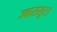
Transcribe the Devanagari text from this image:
ज्वारासुर।